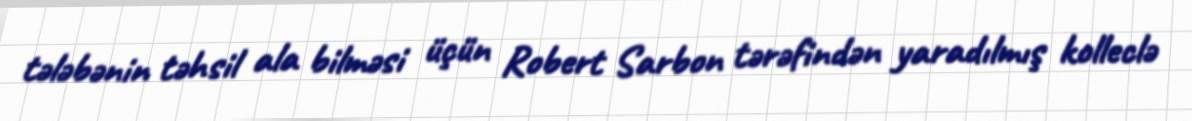
tələbənin təhsil ala bilməsi üçün Robert Sarbon tərəfindən yaradılmış kolleclə